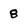
Character: 8